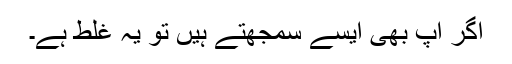
اگر آپ بھی ایسے سمجھتے ہیں تو یہ غلط ہے۔